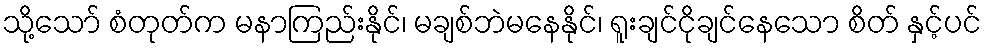
သို့သော် စံတုတ်က မနာကြည်းနိုင်၊ မချစ်ဘဲမနေနိုင်၊ ရူးချင်ငိုချင်နေသော စိတ် နှင့်ပင်